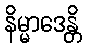
နိမ္မာဒေန္တိ